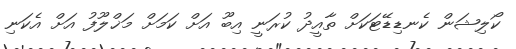
ކޯލިޝަން ކެނޑިޑޭޓަކަށް ތާއީދު ކުރަނީ އިބޫ އަށް ކަމަށް މަޚްލޫފު އަށް އެކަނި